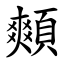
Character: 䫪